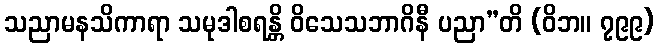
သညာမနသိကာရာ သမုဒါစရန္တိ ဝိသေသဘာဂိနီ ပညာ”တိ (ဝိဘ။ ၇၉၉)